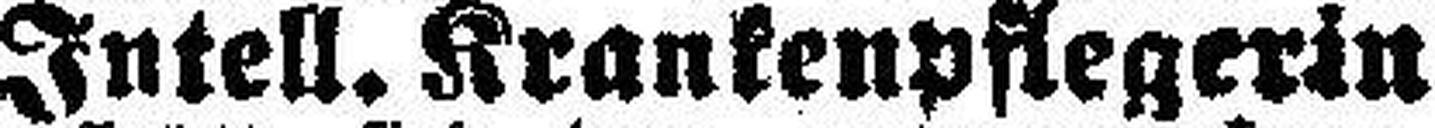
Intell. Krankenpflegerin